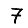
Digit: 7